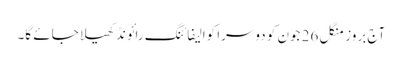
آج بروز منگل 26 جون کو دوسرا کوالیفائنگ رائونڈ کھیلا جائے گا۔